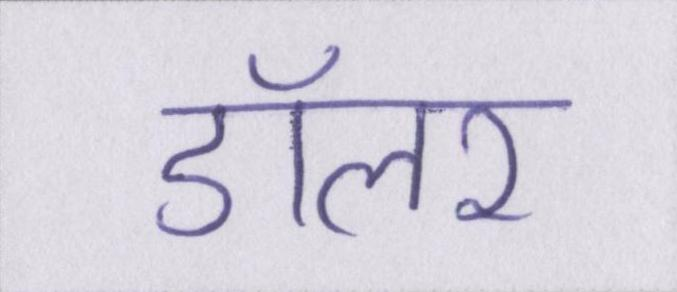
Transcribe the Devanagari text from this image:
डॉलर